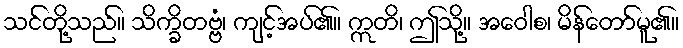
သင်တို့သည်။ သိက္ခိတဗ္ဗံ၊ ကျင့်အပ်၏။ ဣတိ၊ ဤသို့။ အဝေါစ၊ မိန်တော်မူ၏။